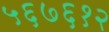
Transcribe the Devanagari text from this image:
५६७६१२